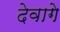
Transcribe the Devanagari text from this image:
देवागे